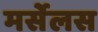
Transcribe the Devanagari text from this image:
मर्सेलस